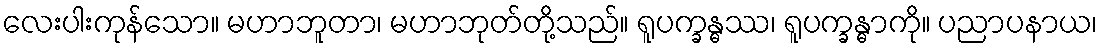
လေးပါးကုန်သော။ မဟာဘူတာ၊ မဟာဘုတ်တို့သည်။ ရူပက္ခန္ဓဿ၊ ရူပက္ခန္ဓာကို။ ပညာပနာယ၊